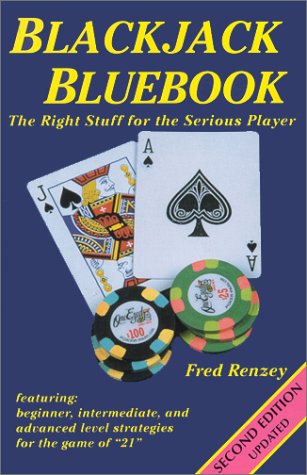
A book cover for Blackjack Bluebook: The Right Stuff for the Serious Player; Fred Renzey; Humor & Entertainment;